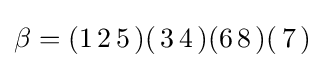
\beta =(1\,2\,5\,)(\,3\,4\,)(6\,8\,)(\,7\,)